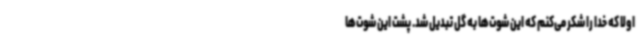
اولا که خدا را شکر می‌کنم که این شوت‌ها به گل تبدیل شد. پشت این شوت‌ها